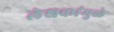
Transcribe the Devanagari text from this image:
लेखकांमुळे